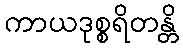
ကာယဒုစ္စရိတန္တိ